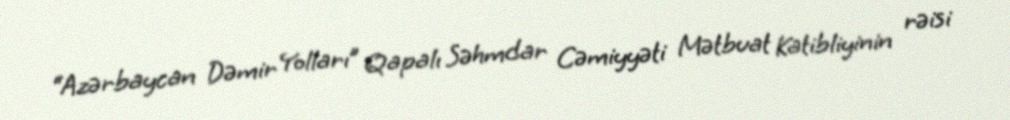
“Azərbaycan Dəmir Yolları” Qapalı Səhmdar Cəmiyyəti Mətbuat Katibliyinin rəisi